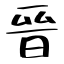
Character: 晉